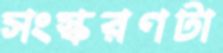
সংস্করণটা